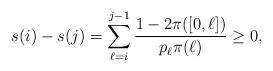
LaTeX: \begin{align*} s(i)-s(j)=\sum_{\ell=i}^{j-1}\frac{1-2\pi([0,\ell])}{p_\ell\pi(\ell)}\ge 0,\end{align*}